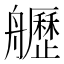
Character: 𦪾